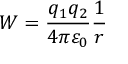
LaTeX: W = { \frac { q _ { 1 } q _ { 2 } } { 4 \pi \varepsilon _ { 0 } } } { \frac { 1 } { r } }